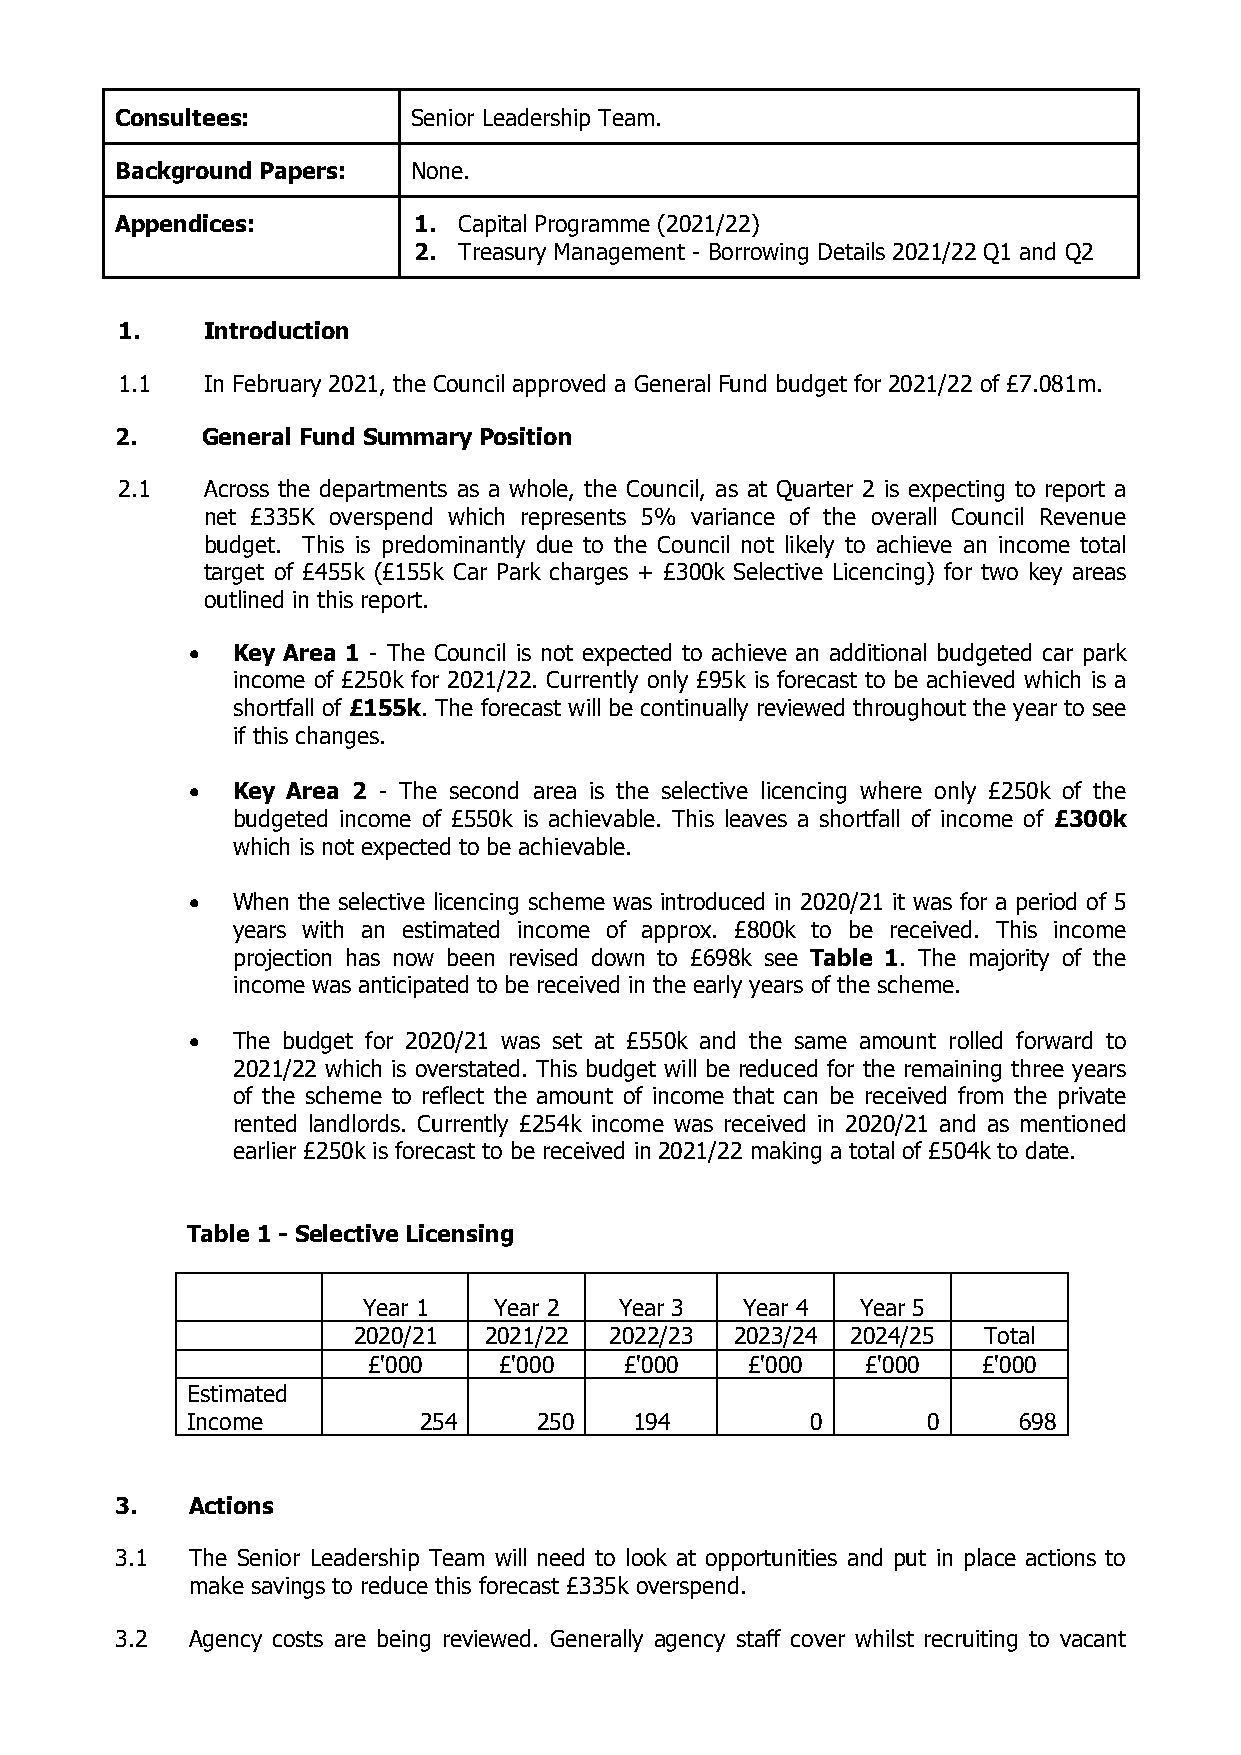
Consultees:        Senior Leadership Team.
 Background Papers: None.
 Appendices:        1. Capital Programme (2021/22)
 2. Treasury Management - Borrowing Details 2021/22 Q1 and Q2
 1.   Introduction
 1.1  In February 2021, the Council approved a General Fund budget for 2021/22 of £7.081m.
 2.   General Fund Summary Position
 2.1  Across the departments as a whole, the Council, as at Quarter 2 is expecting to report a
 net £335K overspend which represents 5% variance of the overall Council Revenue
 budget. This is predominantly due to the Council not likely to achieve an income total
 target of £455k (£155k Car Park charges + £300k Selective Licencing) for two key areas
 outlined in this report.
   Key Area 1 - The Council is not expected to achieve an additional budgeted car park
 income of £250k for 2021/22. Currently only £95k is forecast to be achieved which is a
 shortfall of £155k. The forecast will be continually reviewed throughout the year to see
 if this changes.
   Key Area 2 - The second area is the selective licencing where only £250k of the
 budgeted income of £550k is achievable. This leaves a shortfall of income of £300k
 which is not expected to be achievable.
   When the selective licencing scheme was introduced in 2020/21 it was for a period of 5
 years with an estimated income of approx. £800k to be received. This income
 projection has now been revised down to £698k see Table 1. The majority of the
 income was anticipated to be received in the early years of the scheme.
   The budget for 2020/21 was set at £550k and the same amount rolled forward to
 2021/22 which is overstated. This budget will be reduced for the remaining three years
 of the scheme to reflect the amount of income that can be received from the private
 rented landlords. Currently £254k income was received in 2020/21 and as mentioned
 earlier £250k is forecast to be received in 2021/22 making a total of £504k to date.
 Table 1 - Selective Licensing
 Year 1   Year 2  Year 3  Year 4  Year 5
 2020/21  2021/22 2022/23  2023/24 2024/25 Total
 £'000    £'000   £'000   £'000   £'000   £'000
 Estimated
 Income          254     250   194         0      0     698
 3.  Actions
 3.1 The Senior Leadership Team will need to look at opportunities and put in place actions to
 make savings to reduce this forecast £335k overspend.
 3.2 Agency costs are being reviewed. Generally agency staff cover whilst recruiting to vacant